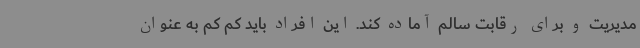
مدیریت و برای رقابت سالم آماده کند. این افراد باید کم کم به عنوان